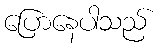
ပြောနေပါသည်